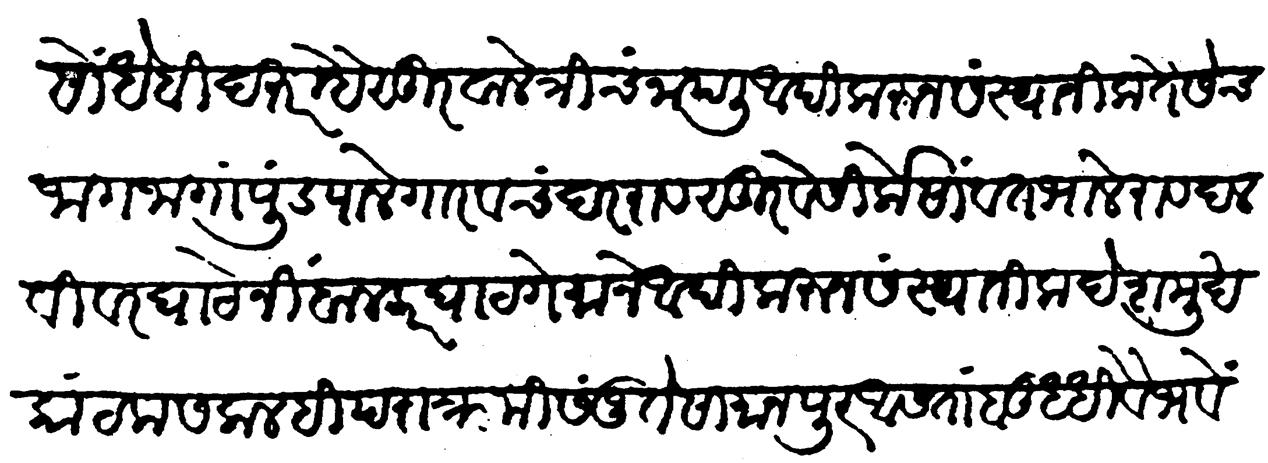
Transliteration (Devanagari): दक्षिण सोधे बिदतर म्हैसूरवाले त्रिचनापली आदी करून संस्थानिक तैसेच जाग जागा पुंडपालेगार व चंदरराव व सुखे सिर्के सावत व भालेराव दलवी वरघाटे निंबाळकर घाटगे माने आदी करून संस्थानिक देशमुख कांटक सकळही पराक्रमी संजुते सामान पूर आसता बुद्धीवैभवे